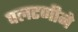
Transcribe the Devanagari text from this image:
पलटणीने